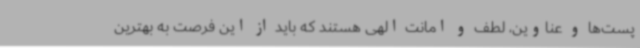
پست‌ها و عناوین، لطف و امانت الهی هستند که باید از این فرصت به بهترین